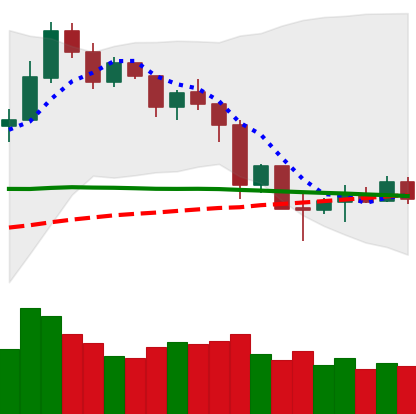
Ticker: NEO-USD
Chart end date: 2019-11-30
Forward return: -6.031%
Label: down_5_7